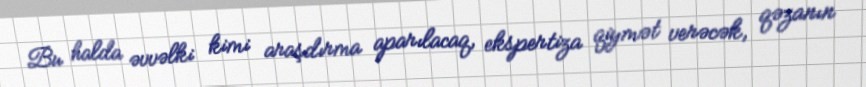
Bu halda əvvəlki kimi araşdırma aparılacaq, ekspertiza qiymət verəcək, qəzanın